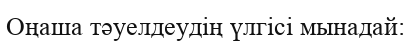
Оңаша тәуелдеудің үлгісі мынадай: